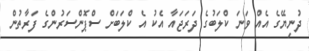
ދުނިޔޭގެ އެއް ވަނަ ކްލަބުގެ ދަރަޖައާ އެކު އެ ކްލަބަށް ސްޕޮންސަރުންގެ ފަރާތުން